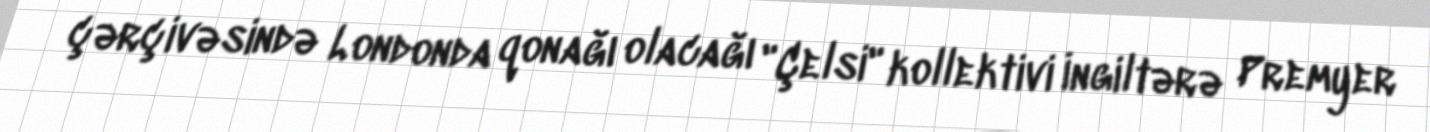
çərçivəsində Londonda qonağı olacağı "Çelsi" kollektivi İngiltərə Premyer